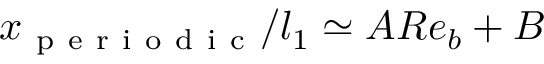
x _ { \mathrm { ~ p ~ e ~ r ~ i ~ o ~ d ~ i ~ c ~ } } / l _ { 1 } \simeq A R e _ { b } + B